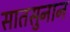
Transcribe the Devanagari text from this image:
सातसुनान